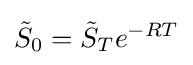
{\tilde {S}}_{0}={\tilde {S}}_{T}e^{-RT}